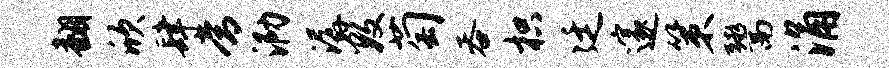
翻欣肆常泐潺数萄吞枳廷邃策鬻涌